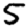
Digit: 5